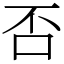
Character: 否